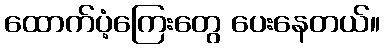
ထောက်ပံ့ကြေးတွေ ပေးနေတယ်။